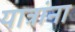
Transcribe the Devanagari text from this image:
यात्रांना